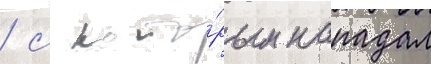
/ с кото́рым нападал